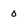
Character: 0